Vaccination North-Western Provinces and Oudh 1878-1895 - 1878-1895
Year: 1878
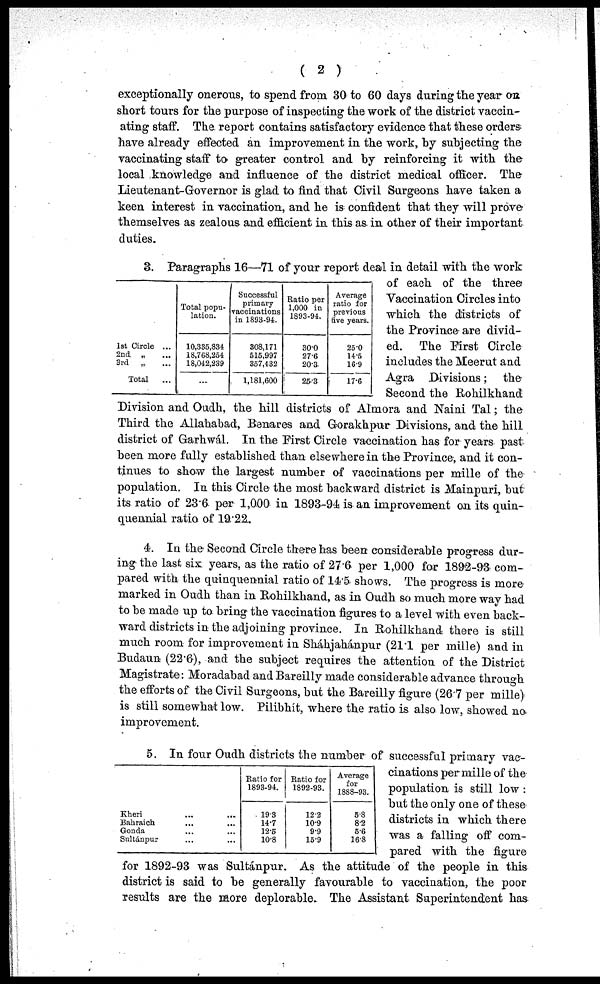
( 2 )
exceptionally onerous, to spend from 30 to 60 days during the year on
short tours for the purpose of inspecting the work of the district vaccin-
ating staff. The report contains satisfactory evidence that these orders
have already effected an improvement in the work, by subjecting the
vaccinating staff to greater control and by reinforcing it with the
local knowledge and influence of the district medical officer. The
Lieutenant-Governor is glad to find that Civil Surgeons have taken a
keen interest in vaccination, and he is confident that they will prove
themselves as zealous and efficient in this as in other of their important
duties.
1st Circle ...
2nd „ ...
3rd
„ ...
Total
Total popu-
lation.
10,335,834
18,768,254
18,042,239
...
Successful
primary
vaccinations
in 1893-94.
308,171
515,997
357,432
1,181,600
Ratio per
1,000 in
1893-94.
30.0
27.6
20.3.
25.3
Average
ratio for
previous
five years.
25.0
14.5
16.9
17.6
3. Paragraphs 16—71 of your report deal in detail with the work
of each of the three
Vaccination Circles into
which the districts of
the Province are divid-
ed. The First Circle
includes the Meerut and
Agra Divisions; the
Second the Rohilkhand
Division and Oudh, the hill districts of Almora and Naini Tal; the
Third the Allahabad, Benares and Gorakhpur Divisions, and the hill
district of Garhwál. In the First Circle vaccination has for years past
been more fully established than elsewhere in the Province, and it con-
tinues to show the largest number of vaccinations per mille of the
population. In this Circle the most backward district is Mainpuri, but
its ratio of 23.6 per 1,000 in 1893-94 is an improvement on its quin-
quennial ratio of 19.22.
4. In the Second Circle there has been considerable progress dur-
ing the last six years, as the ratio of 27.6 per 1,000 for 1892-93 com-
pared with the quinquennial ratio of 14.5 shows. The progress is more
marked in Oudh than in Rohilkhand, as in Oudh so much more way had
to be made up to bring the vaccination figures to a level with even back-
ward districts in the adjoining province. In Rohilkhand there is still
much room for improvement in Sháhjahánpur (21.1 per mille) and in
Budaun (22.6), and the subject requires the attention of the District
Magistrate: Moradabad and Bareilly made considerable advance through
the efforts of the Civil Surgeons, but the Bareilly figure (26.7 per mille)
is still somewhat low. Pilibhít, where the ratio is also low, showed no
improvement.
Kheri ... ...
Bahraich ... ...
Gonda ... ...
Sultánpur ... ...
Ratio for
1893-94.
19.3
14.7
12.5
10.8
Ratio for
1892-93.
12.2
10.9
9.9
15.9
Average
for
1888-93.
5.8
8.2
5.6
16.8
5. In four Oudh districts the number of successful primary vac-
cinations per mille of the
population is still low :
but the only one of these
districts in which there
was a falling off com-
pared with the figure
for 1892-93 was Sultánpur. As the attitude of the people in this
district is said to be generally favourable to vaccination, the poor
results are the more deplorable. The Assistant Superintendent has